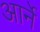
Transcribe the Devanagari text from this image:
आर्ने